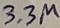
Text: 3.3µ